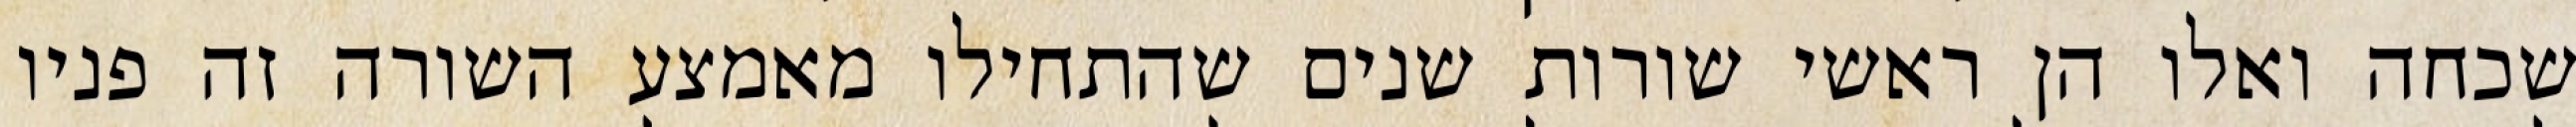
שכחה ואלו הן ראשי שורות שנים שהתחילו מאמצע השורה זה פניו